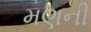
મણની